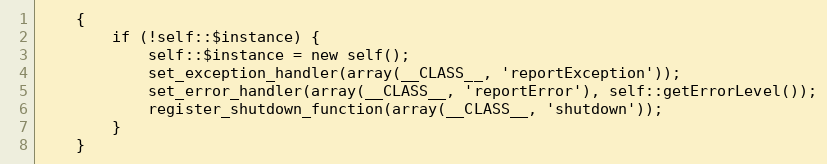
Language: PHP
    {
        if (!self::$instance) {
            self::$instance = new self();
            set_exception_handler(array(__CLASS__, 'reportException'));
            set_error_handler(array(__CLASS__, 'reportError'), self::getErrorLevel());
            register_shutdown_function(array(__CLASS__, 'shutdown'));
        }
    }